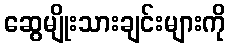
ဆွေမျိုးသားချင်းများကို